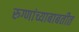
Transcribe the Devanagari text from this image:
रुग्णांच्याबाबतीत